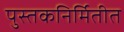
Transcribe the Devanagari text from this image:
पुस्तकनिर्मितीत